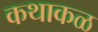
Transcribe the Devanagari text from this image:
कथाकळ